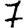
Digit: 7